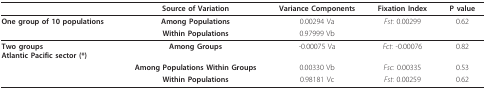
<table><thead><tr><td></td><td><b>Source of Variation</b></td><td><b>Variance Components</b></td><td><b>Fixation Index</b></td><td><b>P value</b></td></tr></thead><tbody><tr><td><b>One group of 10 populations</b></td><td><b>Among Populations</b></td><td>0.00294 Va</td><td><i>Fst</i>: 0.00299</td><td>0.62</td></tr><tr><td></td><td><b>Within Populations</b></td><td>0.97999 Vb</td><td></td><td></td></tr><tr><td><b>Two groups</b><b>Atlantic Pacific sector (*)</b></td><td><b>Among Groups</b></td><td>-0.00075 Va</td><td><i>Fct</i>: -0.00076</td><td>0.82</td></tr><tr><td></td><td><b>Among Populations Within Groups</b></td><td>0.00330 Vb</td><td><i>Fsc</i>: 0.00335</td><td>0.53</td></tr><tr><td></td><td><b>Within Populations</b></td><td>0.98181 Vc</td><td><i>Fst</i>: 0.00259</td><td>0.62</td></tr></tbody></table>